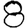
Digit: 8